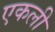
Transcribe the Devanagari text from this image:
एकली